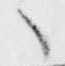
々